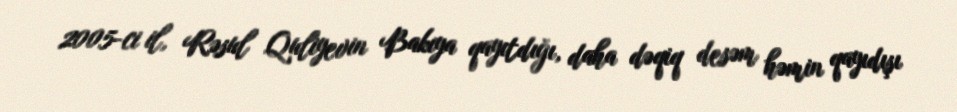
2005-ci il, Rəsul Quliyevin Bakıya qayıtdığı, daha dəqiq desəm həmin qayıdışı